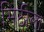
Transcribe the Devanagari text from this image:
मिठीला